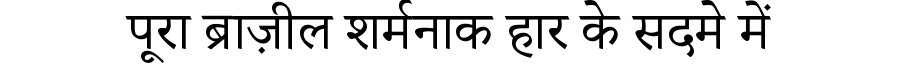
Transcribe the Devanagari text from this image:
पूरा ब्राज़ील शर्मनाक हार के सदमे में